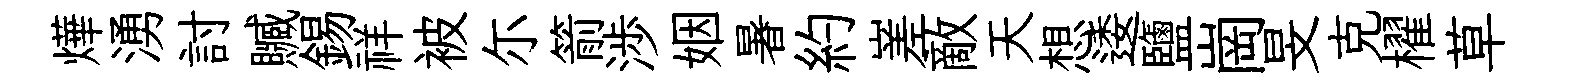
燁湧討贓錫祥被尓箭渉姻暑約嵳敵天想逶鹽崗旻克櫂草